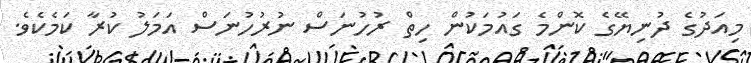
މިއަދުގެ ދުނިޔޭގެ ކޮންމެ ގައުމަކުން ހިތް ރުހުނަސް ނުރުހުނަސް އަމަލު ކުރާ ކަމެކެވެ.